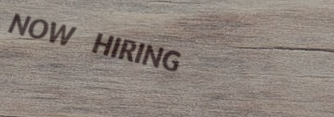
NOW HIRING